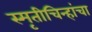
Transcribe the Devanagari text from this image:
स्मृतीचिन्हांचा